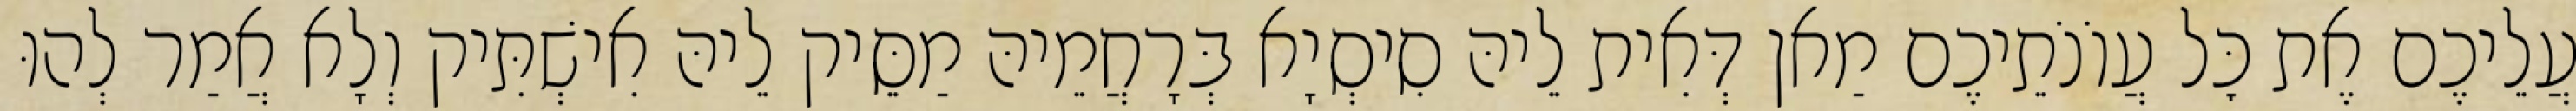
עֲלֵיכֶם אֶת כׇּל עֲוֹנֹתֵיכֶם מַאן דְּאִית לֵיהּ סִיסְיָא בְּרָחֲמֵיהּ מַסֵּיק לֵיהּ אִישְׁתִּיק וְלָא אֲמַר לְהוּ